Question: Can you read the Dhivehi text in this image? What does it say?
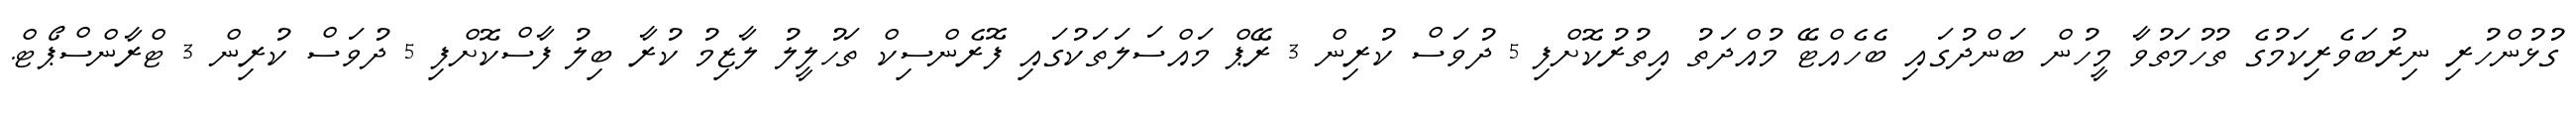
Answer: ގުޅުންހުރި ނިރުބަވެރިކަމުގެ ތުހުމަތުވާ މީހުން ބަންދުގައި ބެހެއްޓޭ މުއްދަތު އިތުރުކޮށްފި 5 ދުވަސް ކުރިން 3 ރޭޕް މައްސަލަތަކުގައި ފޮރެންސިކް ތަހުލީލު ލާޒިމު ކުރާ ބިލު ފާސްކޮށްފި 5 ދުވަސް ކުރިން 3 ޓްރާންސްޕޯޓް.